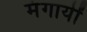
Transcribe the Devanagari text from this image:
मंगायीं